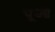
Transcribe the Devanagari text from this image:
पूआ